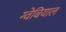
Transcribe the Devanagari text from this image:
ग्वेबियाल